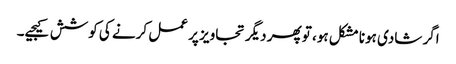
اگر شادی ہونا مشکل ہو، تو پھر دیگر تجاویز پر عمل کرنے کی کوشش کیجیے۔